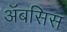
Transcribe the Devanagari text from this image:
अॅबसिस